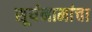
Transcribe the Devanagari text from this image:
सूर्यनामांचा